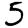
Digit: 5